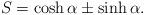
LaTeX: \begin{align*}S = \cosh\alpha \pm \sinh \alpha.\end{align*}